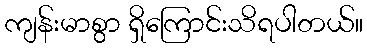
ကျန်းမာစွာ ရှိကြောင်းသိရပါတယ်။